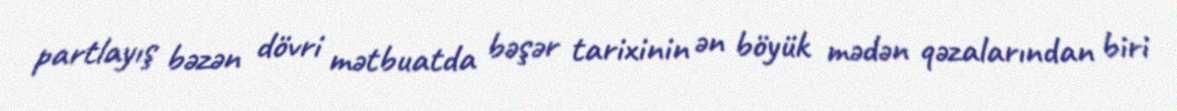
partlayış bəzən dövri mətbuatda bəşər tarixinin ən böyük mədən qəzalarından biri